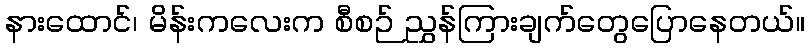
နားထောင်၊ မိန်းကလေးက စီစဉ် ညွှန်ကြားချက်တွေပြောနေတယ်။